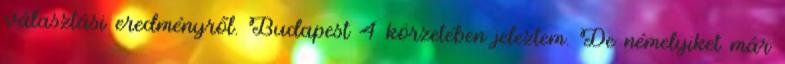
választási eredményről. Budapest 4 körzetében jeleztem. De némelyiket már